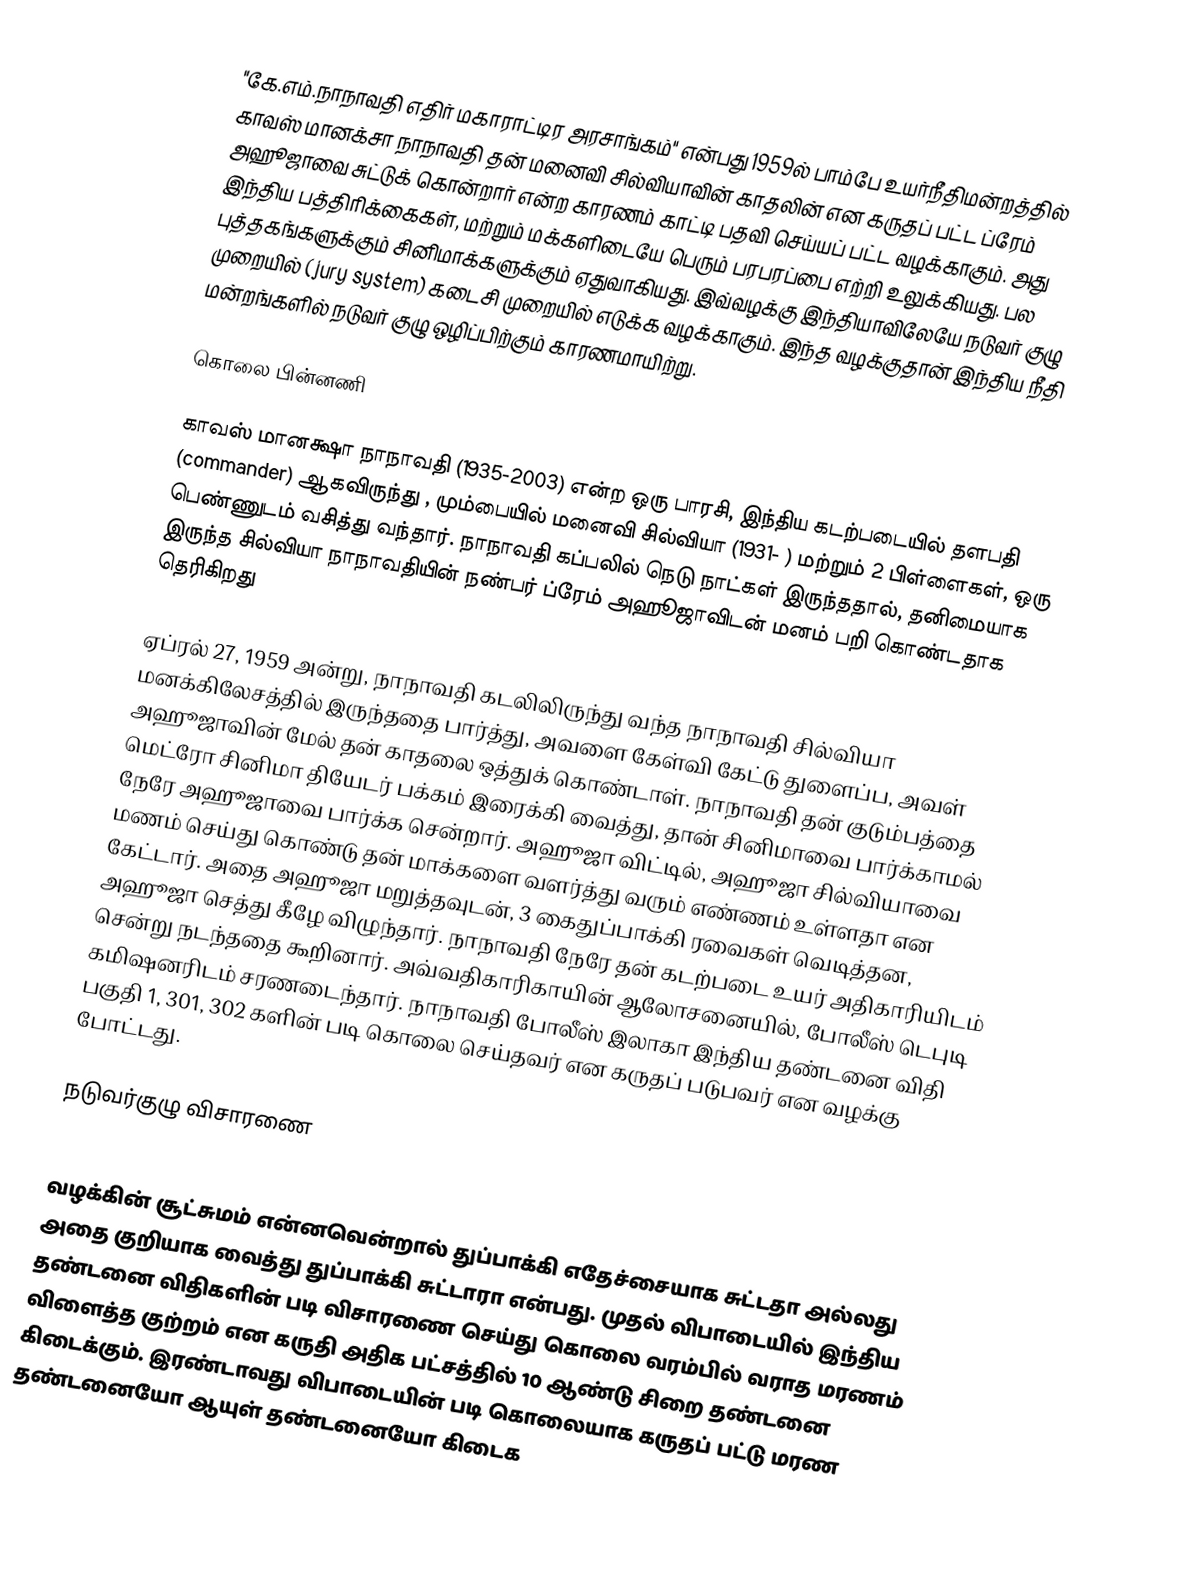
"கே.எம்.நாநாவதி எதிர் மகாராட்டிர அரசாங்கம்" என்பது 1959ல் பாம்பே உயர்நீதிமன்றத்தில் காவஸ் மானக்சா நாநாவதி தன் மனைவி சில்வியாவின் காதலின் என கருதப் பட்ட ப்ரேம் அஹூஜாவை சுட்டுக் கொன்றார் என்ற காரணம் காட்டி பதவி செய்யப் பட்ட வழக்காகும். அது இந்திய பத்திரிக்கைகள், மற்றும் மக்களிடையே பெரும் பரபரப்பை எற்றி உலுக்கியது. பல புத்தகங்களுக்கும் சினிமாக்களுக்கும் ஏதுவாகியது. இவ்வழக்கு இந்தியாவிலேயே நடுவர் குழு முறையில் (jury system) கடைசி முறையில் எடுக்க வழக்காகும். இந்த வழக்குதான் இந்திய நீதி மன்றங்களில் நடுவர் குழு ஒழிப்பிற்கும் காரணமாயிற்று.

கொலை பின்னணி

காவஸ் மானக்ஷா நாநாவதி (1935-2003) என்ற ஒரு பாரசி, இந்திய கடற்படையில் தளபதி (commander) ஆகவிருந்து , மும்பையில் மனைவி சில்வியா (1931- ) மற்றும் 2 பிள்ளைகள், ஒரு பெண்ணுடம் வசித்து வந்தார். நாநாவதி கப்பலில் நெடு நாட்கள் இருந்ததால், தனிமையாக இருந்த சில்வியா நாநாவதியின் நண்பர் ப்ரேம் அஹூஜாவிடன் மனம் பறி கொண்டதாக தெரிகிறது

ஏப்ரல் 27, 1959 அன்று, நாநாவதி கடலிலிருந்து வந்த நாநாவதி சில்வியா மனக்கிலேசத்தில் இருந்ததை பார்த்து, அவளை கேள்வி கேட்டு துளைப்ப, அவள் அஹூஜாவின் மேல் தன் காதலை ஒத்துக் கொண்டாள். நாநாவதி தன் குடும்பத்தை மெட்ரோ சினிமா தியேடர் பக்கம் இரைக்கி வைத்து, தான் சினிமாவை பார்க்காமல் நேரே அஹூஜாவை பார்க்க சென்றார். அஹூஜா விட்டில், அஹூஜா சில்வியாவை மணம் செய்து கொண்டு தன் மாக்களை வளர்த்து வரும் எண்ணம் உள்ளதா என கேட்டார். அதை அஹூஜா மறுத்தவுடன், 3 கைதுப்பாக்கி ரவைகள் வெடித்தன, அஹூஜா செத்து கீழே விழுந்தார். நாநாவதி நேரே தன் கடற்படை உயர் அதிகாரியிடம் சென்று நடந்ததை கூறினார். அவ்வதிகாரிகாயின் ஆலோசனையில், போலீஸ் டெபுடி கமிஷனரிடம் சரணடைந்தார். நாநாவதி போலீஸ் இலாகா இந்திய தண்டனை விதி பகுதி 1, 301, 302 களின் படி கொலை செய்தவர் என கருதப் படுபவர் என வழக்கு போட்டது.

நடுவர்குழு விசாரணை

வழக்கின் சூட்சுமம் என்னவென்றால் துப்பாக்கி எதேச்சையாக சுட்டதா அல்லது அதை குறியாக வைத்து துப்பாக்கி சுட்டாரா என்பது. முதல் விபாடையில் இந்திய தண்டனை விதிகளின் படி விசாரணை செய்து கொலை வரம்பில் வராத மரணம் விளைத்த குற்றம் என கருதி அதிக பட்சத்தில் 10 ஆண்டு சிறை தண்டனை கிடைக்கும். இரண்டாவது விபாடையின் படி கொலையாக கருதப் பட்டு மரண தண்டனையோ ஆயுள் தண்டனையோ கிடைக